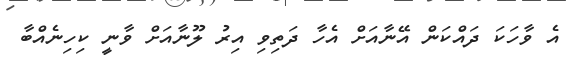
އެ ވާހަކަ ދައްކަން އޭނާއަށް އެހާ ދަތިވި އިރު ލޫނާއަށް ވާނީ ކިހިނެއްބާ